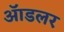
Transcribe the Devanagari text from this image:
ॲाडलर